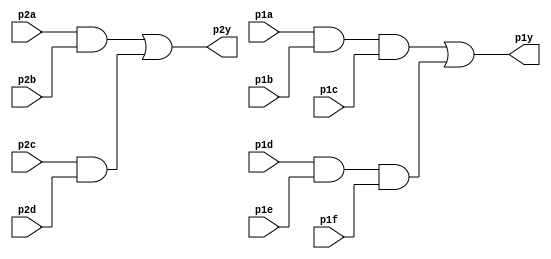
module top_module ( 
    input p1a, p1b, p1c, p1d, p1e, p1f,
    output p1y,
    input p2a, p2b, p2c, p2d,
    output p2y );
    
	wire and3_wire_1, and3_wire_2, and2_wire_3, and2_wire_4;
    
    assign and3_wire_1 = p1a & p1b & p1c;
    assign and3_wire_2 = p1d & p1e & p1f;
    assign and2_wire_3 = p2a & p2b;
    assign and2_wire_4 = p2c & p2d;
    
    assign p1y = and3_wire_1 | and3_wire_2;
    assign p2y = and2_wire_3 | and2_wire_4;

endmodule